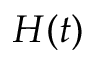
H ( t )